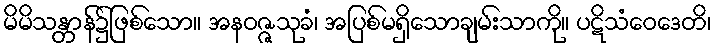
မိမိသန္တာန်၌ဖြစ်သော။ အနဝဇ္ဇသုခံ၊ အပြစ်မရှိသောချမ်းသာကို။ ပဋိသံဝေဒေတိ၊